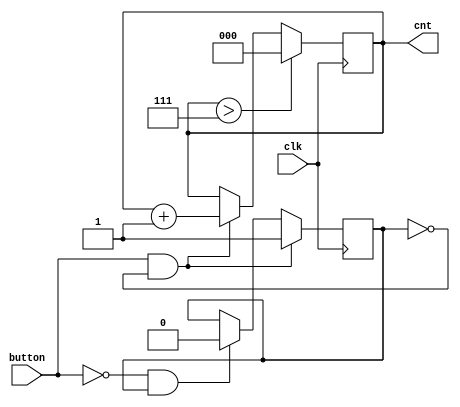
module controller(
	input wire clk,
	input wire button,
	output reg [2:0] cnt
);

reg check = 0;

always@ (posedge clk) begin
	
	if(button==1 && check==0) begin
		cnt <= cnt + 1;
		check <= 1;
	end else if (button ==0 && check==1) begin
		check <= 0;
	end
	
	if(cnt > 3'b111) cnt <= 0; 
	
end

endmodule